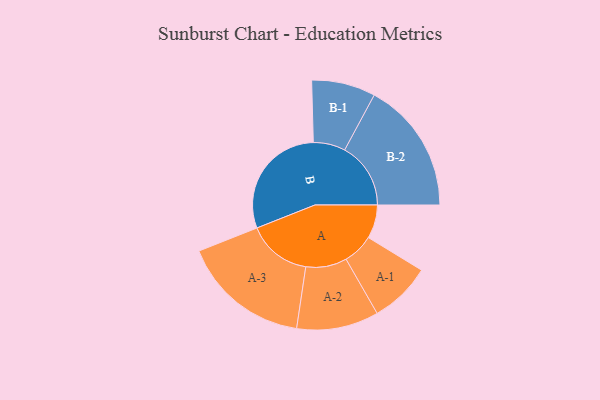
{"axis": {"x": "Segment", "y": "Value"}, "legend": ["", "A", "B"], "data": [{"x": "A", "y": 141, "type": ""}, {"x": "B", "y": 494, "type": ""}, {"x": "A-1", "y": 129, "type": "A"}, {"x": "A-2", "y": 172, "type": "A"}, {"x": "A-3", "y": 269, "type": "A"}, {"x": "B-1", "y": 134, "type": "B"}, {"x": "B-2", "y": 277, "type": "B"}]}